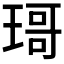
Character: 𱯍